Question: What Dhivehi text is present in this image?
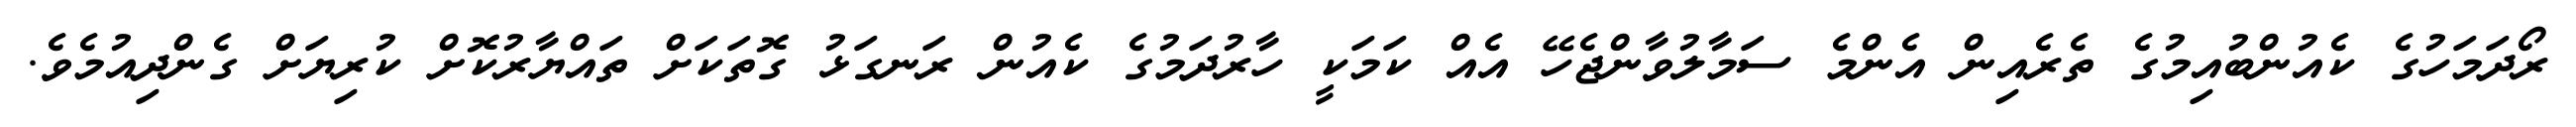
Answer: ރޯދަމަހުގެ ކެއުންބުއިމުގެ ތެރެއިން އެންމެ ސަމާލުވާންޖެހޭ އެއް ކަމަކީ ހާރުދަމުގެ ކެއުން ރަނގަޅު ގޮތަކަށް ތައްޔާރުކޮށް ކުރިޔަށް ގެންދިއުމެވެ.